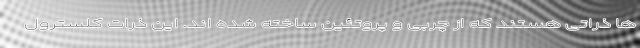
ها ذراتی هستند که از چربی و پروتئین ساخته شده اند. این ذرات کلسترول